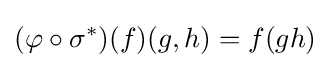
(\varphi \circ \sigma ^{*})(f)(g,h)=f(gh)